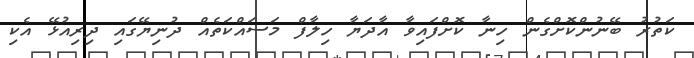
ކަތުރު ބޭނުންކޮށްގެން ހިނާ ކޮށްފައިވާ އާދަޔާ ހިލާފް މަސައްކަތެއް ދުނިޔޭގައި ދިރިއުޅޭ އެކި